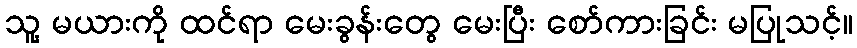
သူ့ မယားကို ထင်ရာ မေးခွန်းတွေ မေးပြီး စော်ကားခြင်း မပြုသင့်။